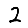
Digit: 2